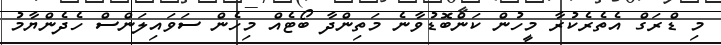
މި ޑްރަގް އެތެރެކުރާ މީހުން ކަންބޮޑުވާނެ މަތިންދާ ބޯޓެއް މިހެން ސަވައިލަންސް ހެދެންޔާމު